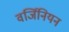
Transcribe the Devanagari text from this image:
वर्जिनियन